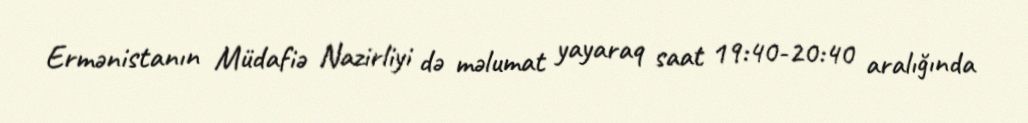
Ermənistanın Müdafiə Nazirliyi də məlumat yayaraq saat 19:40-20:40 aralığında